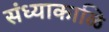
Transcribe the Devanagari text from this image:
संध्याकाळि